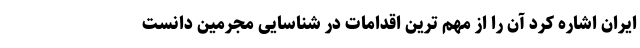
ایران اشاره کرد آن را از مهم ترین اقدامات در شناسایی مجرمین دانست